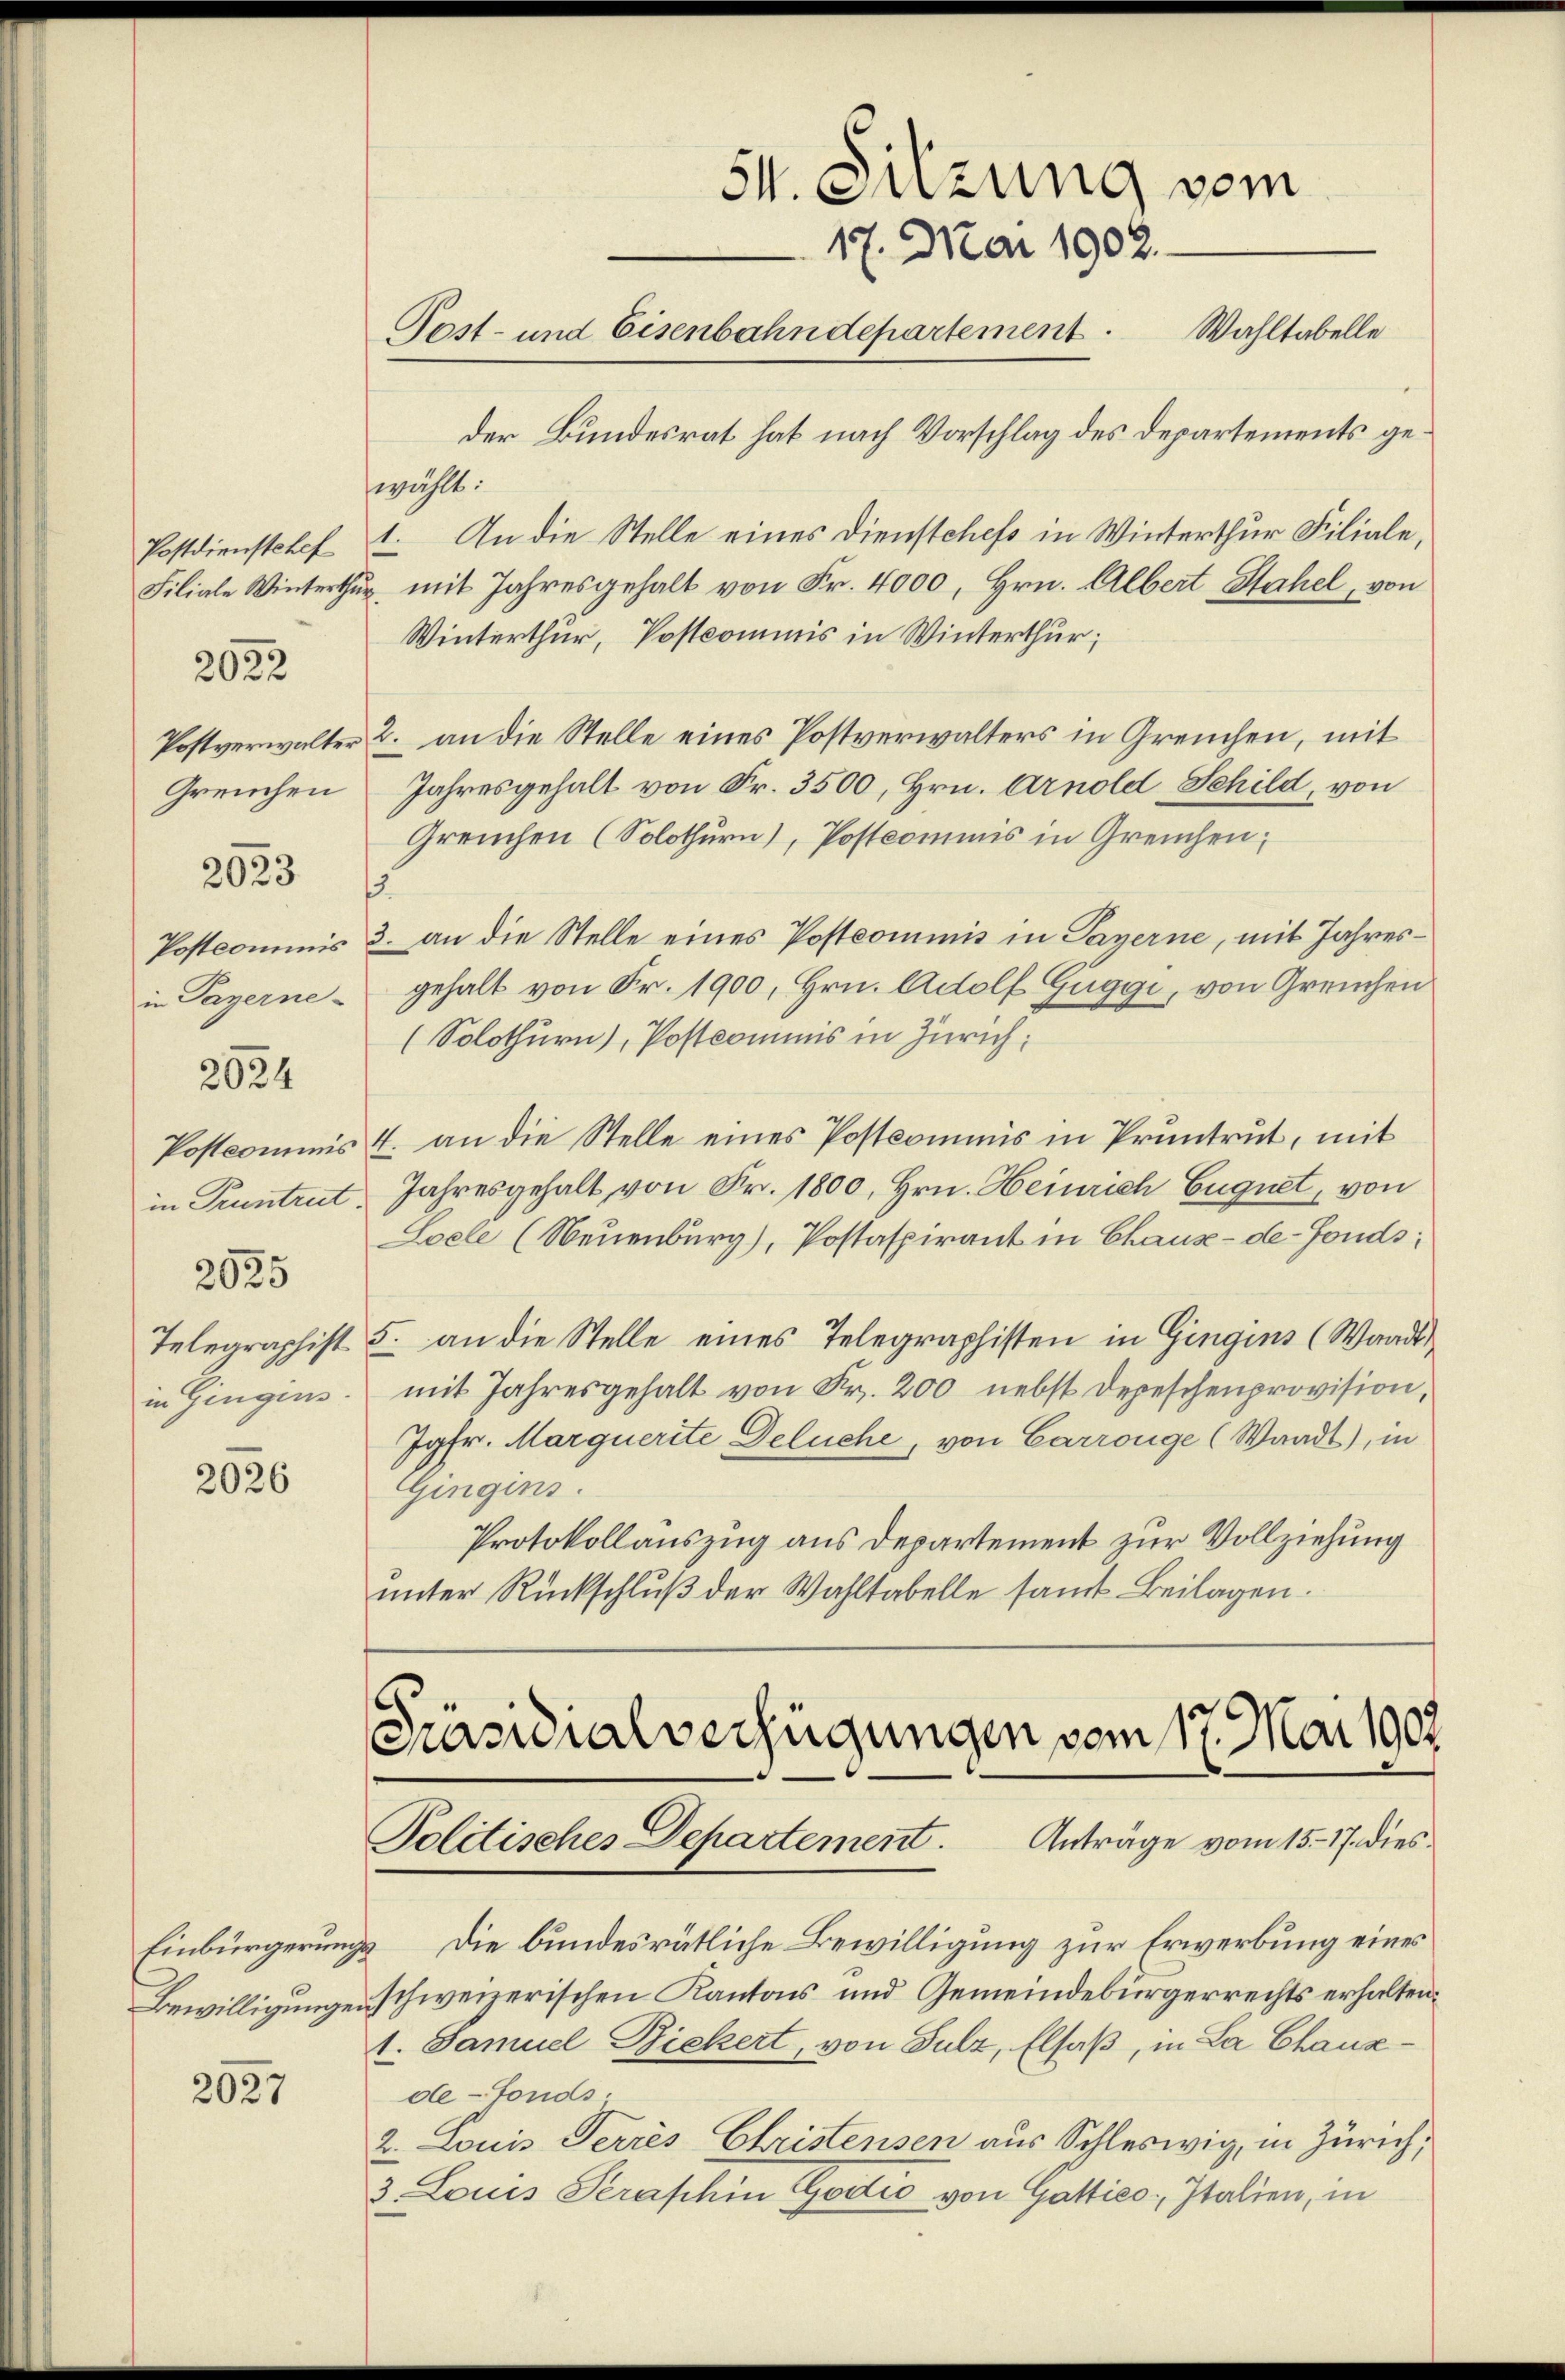
Greuchen
in Payerne-
2024
in Pruntrut.
2035
in Gingins.

2022

2023

2026

2027

51. Sitzung vom
17. Mai 1902.
Wahltabelle
Post- und Eisenbahndepartement.
der Bundesrat hat nach Vorschlag des Departements ge¬

wählt:
Postdienstchef 1. An die Stelle eines Dienstchefs in Winterthur Filiale,
Filiale Winterthur mit Jahresgehalt von Fr. 4000, Hrn. Albert Stahel, von
Winterthur, Postcommis in Winterthur;
Postverwalter u. an die Stelle eines Postverwalters in Greuchen, mit
Jahresgehalt von Fr. 3500, Hrn. Arnold Schild, von
Greuchen (Solothurn), Postcommis in Greuchen;
s
Postcommis 3. an die Stelle eines Postcommis in Payerne, mit Jahresgehalt von Fr. 1900, Hrn. Adolf Guggi, von Greuchen
(Solothurn), Postkommnis in Zürich,
Postcommis 4. an die Stelle eines Postkommis in Pruntrut, mit
Jahresgehalt, von Fr. 1800, Hrn. Heinrich Eugnet, von
Loele (Neuenburg), Postaspirant in Chaux-de-Fonds:
Telegraphist 5. an die Stelle eines Telegraphisten in Gingins (Waadt
mit Jahresgehalt von Fr. 200 nebst Depeschenprovision,
Jgfr. Marquerite Deluche, von Carrouge (Waadt, in
Gingins.
Protokollauszug aus Departement zur Vollziehung
unter Rückschluß der Wahltabelle samt Beilagen.

Präsidialverfügungen vom 17. Mai 1907.
Politisches Departement. Anträge vom 15. 17. dies

Einbürgerungs Die bundesrätliche Bewilligung zur Erwerbung eines
Bewilligungen schweizerischen Kantons und Gemeindebürgerrechts erhalten
1. Samuel Dickert, von Sulz, Elsaß, in La Chausde-Fonds.
2. Louis Ferres Christensen aus Schleswig, in Zürich,
3. Louis Perashin Godio von Gattico, Italien, in